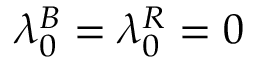
\lambda _ { 0 } ^ { B } = \lambda _ { 0 } ^ { R } = 0